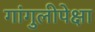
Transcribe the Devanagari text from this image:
गांगुलीपेक्षा